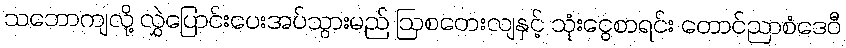
သဘောကျလို့ လွှဲပြောင်းပေးအပ်သွားမည် ဩစတေးလျနှင့် သုံးငွေစာရင်း တောင်ညာစံဒေဝီ